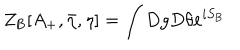
LaTeX: Z _ { \mathrm { B } } [ A _ { + } , { \bar { \eta } } , \eta ] = \int D g D \theta e ^ { i S _ { \mathrm { B } } }